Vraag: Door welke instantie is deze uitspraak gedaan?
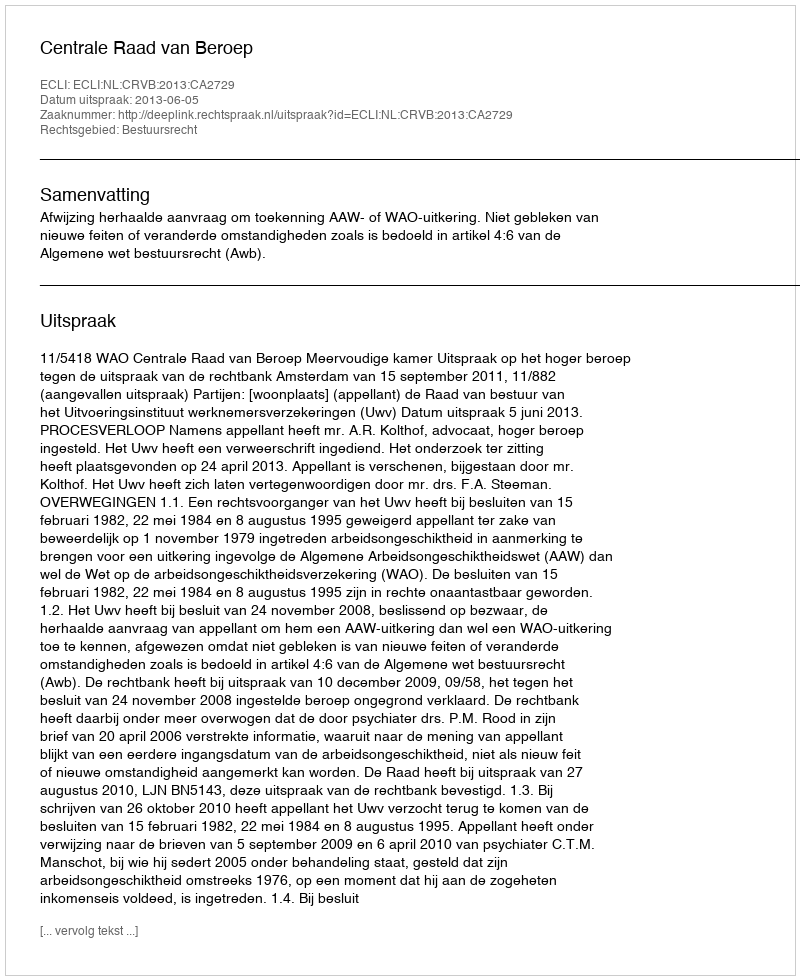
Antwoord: Centrale Raad van Beroep